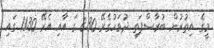
މީގެ އިތުރުން ބުރާސްފަތި ދުވަހުގެރޭ 8.30 ގަ އާއި އެރޭ 11.30 ގައި